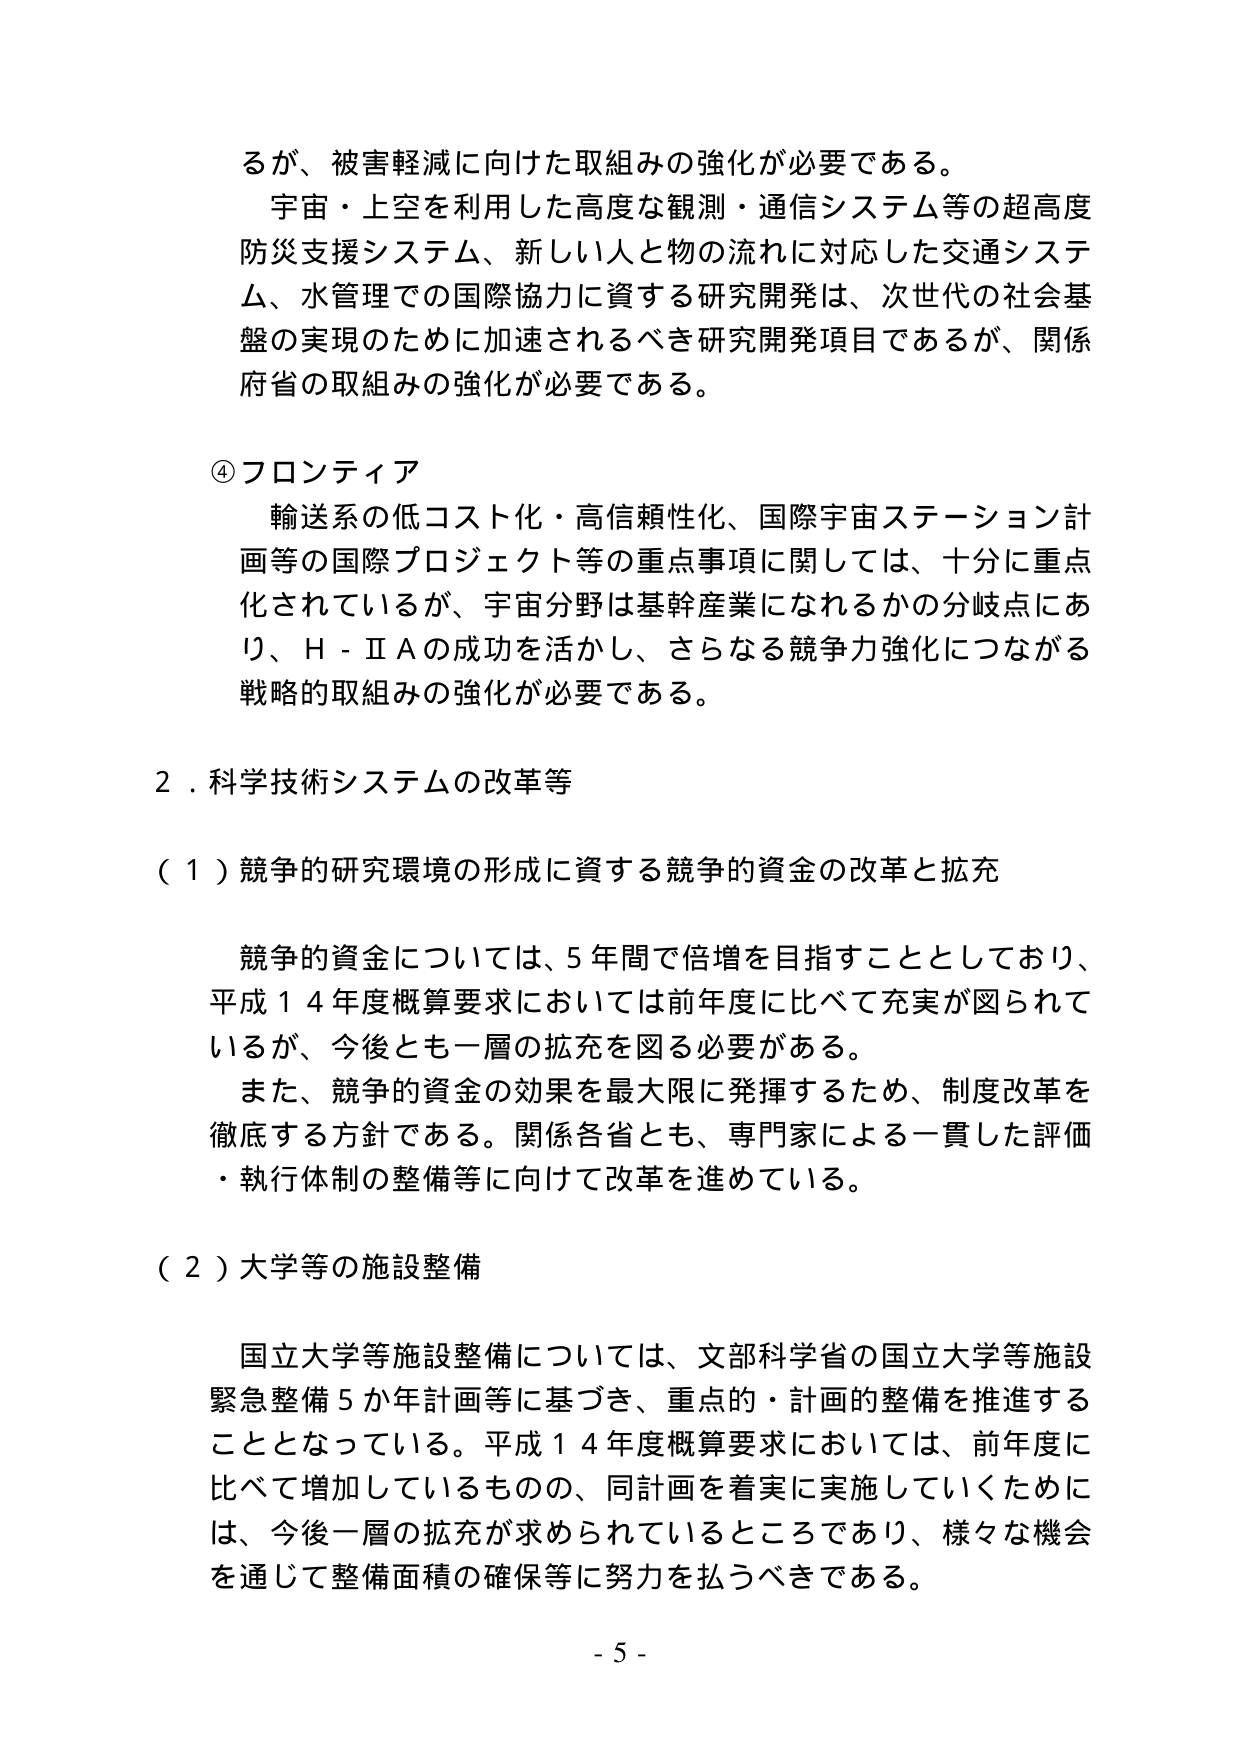
るが、被害軽減に向けた取組みの強化が必要である。
宇宙・上空を利用した高度な観測・通信システム等の超高度
防災支援システム、新しい人と物の流れに対応した交通システ
ム、水管理での国際協力に資する研究開発は、次世代の社会基
盤の実現のために加速されるべき研究開発項目であるが、関係
府省の取組みの強化が必要である。

④フロンティア
輸送系の低コスト化・高信頼性化、国際宇宙ステーション計
画等の国際プロジェクト等の重点事項に関しては、十分に重点
化されているが、宇宙分野は基幹産業になれるかの分岐点にあ
り、H－ⅡAの成功を活かし、さらなる競争力強化につながる
戦略的取組みの強化が必要である。

２．科学技術システムの改革等

（１）競争的研究環境の形成に資する競争的資金の改革と拡充

競争的資金については、５年間で倍増を目指すこととしており、
平成１４年度概算要求においては前年度に比べて充実が図られて
いるが、今後とも一層の拡充を図る必要がある。
また、競争的資金の効果を最大限に発揮するため、制度改革を
徹底する方針である。関係各省とも、専門家による一貫した評価
・執行体制の整備等に向けて改革を進めている。

（２）大学等の施設整備

国立大学等施設整備については、文部科学省の国立大学等施設
緊急整備５か年計画等に基づき、重点的・計画的整備を推進する
こととなっている。平成１４年度概算要求においては、前年度に
比べて増加しているものの、同計画を着実に実施していくために
は、今後一層の拡充が求められているところであり、様々な機会
を通じて整備面積の確保等に努力を払うべきである。

- 5 -